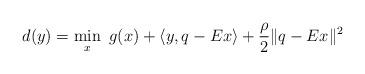
LaTeX: \begin{align*}d(y) = \min_{x} \ g(x)+ \langle y, q - Ex \rangle +\frac{\rho}{2}\|q-Ex\|^2\end{align*}